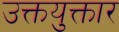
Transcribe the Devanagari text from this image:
उक्तयुक्तार